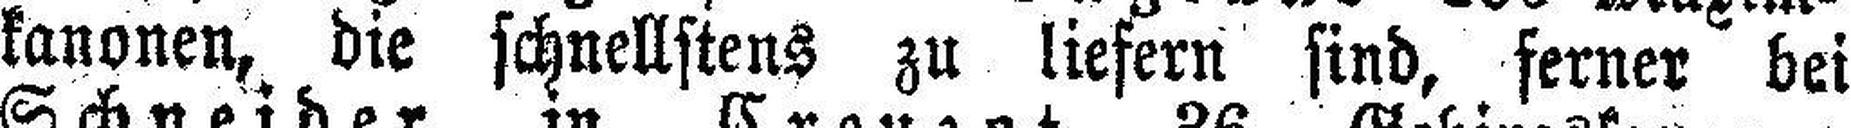
kanonen, die schnellstens zu liefern sind, ferner bei